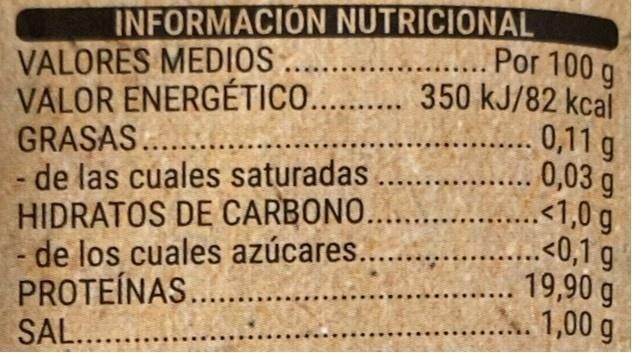
INFORMACION NUTRICIONAL VALORES MEDIOS, VALOR ENERGÉTICO. . 350 kJ/82 kcal GRASAS.. de las cuales saturadas .. HIDRATOS DE CARBONO.... - de los cuales azúcares.. PROTEÍNAS... SAL....
Por 100 g
0,11 g 0,03 g <1,0 g <0,1 g 19,90 g 1,00 g